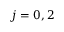
j = 0 , 2